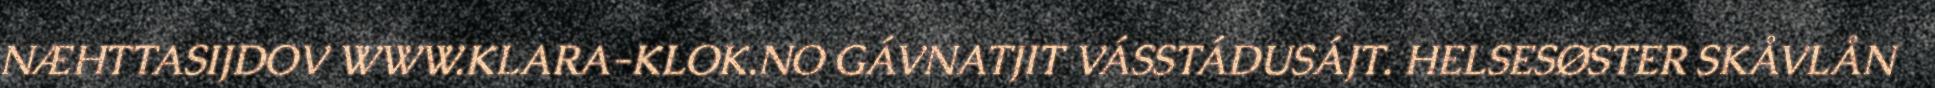
NÆHTTASIJDOV WWW.KLARA-KLOK.NO GÁVNATJIT VÁSSTÁDUSÁJT. HELSESØSTER SKÅVLÅN